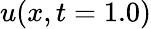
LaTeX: u(x,t=1.0)